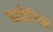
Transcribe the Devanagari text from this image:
काळेनिळे